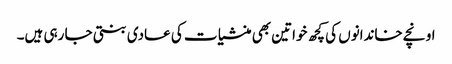
اونچے خاندانوں کی کچھ خواتین بھی منشیا ت کی عادی بنتی جا رہی ہیں۔